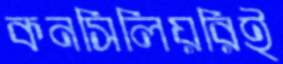
কনসিলিয়রিই